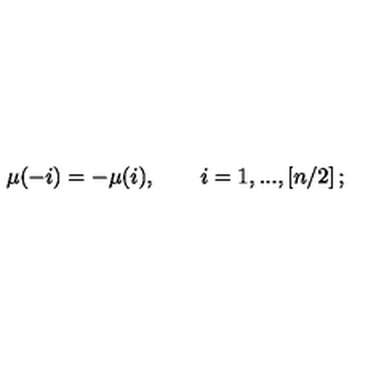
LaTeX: \mu ( - i ) = - \mu ( i ) , \quad \quad i = 1 , . . . , \left[ n / 2 \right] ;